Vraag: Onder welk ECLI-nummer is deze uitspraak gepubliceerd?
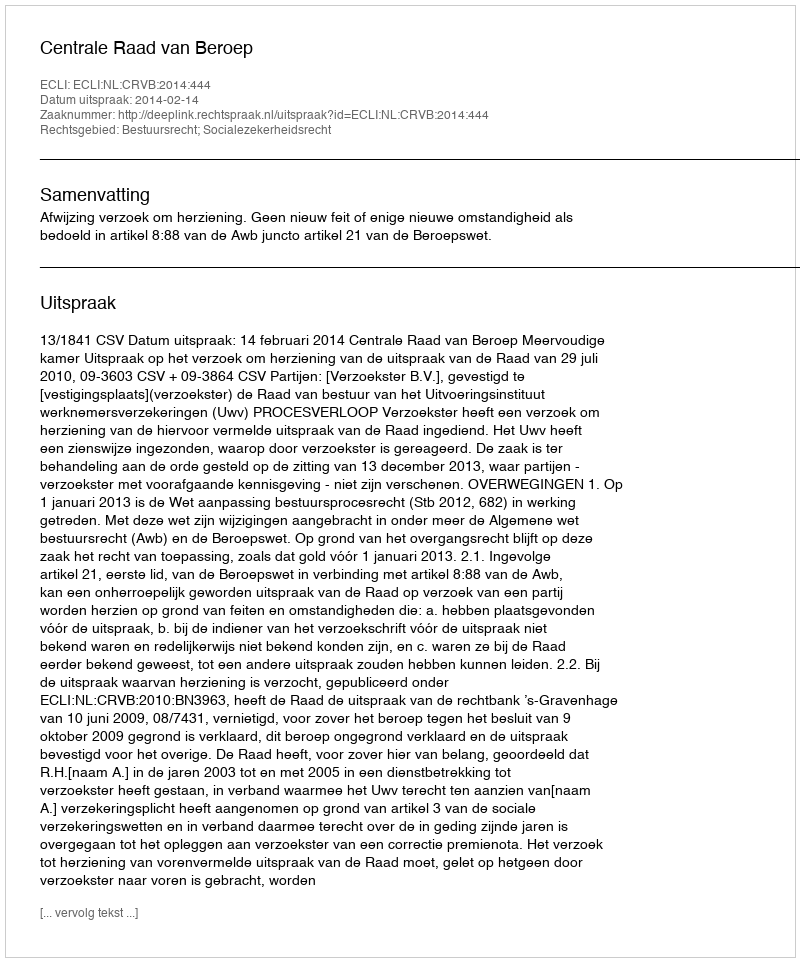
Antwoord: ECLI:NL:CRVB:2014:444